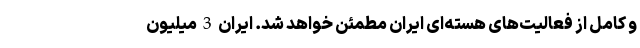
و کامل از فعالیت‌های هسته‌ای ایران مطمئن خواهد شد. ایران 3 میلیون